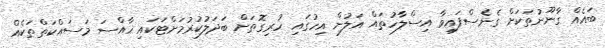
ބައެއް ގާނޫނުތަކަށް ގެނެސްފައިވާ އިސްލާހުތައް އަލުން އިހުގައި ހުރިގޮތަށް ބަދަލުކުރުމަށްޓަކައި ޚާއްސަ މަސައްކަތްތަކެއް